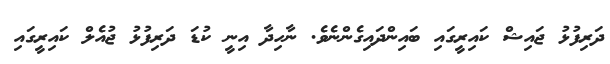
ދަރިފުޅު ޖައިޝް ކައިރީގައި ބައިންދައިގެންނެވެ. ނާހިދާ އިނީ ކުޑަ ދަރިފުޅު ޖުއެލް ކައިރީގައި